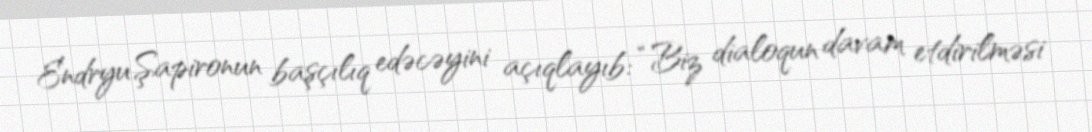
Endryu Şapironun başçılıq edəcəyini açıqlayıb: “Biz dialoqun davam etdirilməsi